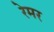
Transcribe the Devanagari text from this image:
रेमर